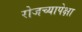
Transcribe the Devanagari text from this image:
रोजच्यापेक्षा